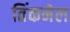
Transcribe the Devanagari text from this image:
तिंकनेल